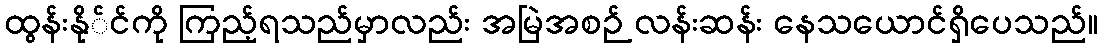
ထွန်းနို်င်ကို ကြည့်ရသည်မှာလည်း အမြဲအစဉ် လန်းဆန်း နေသယောင်ရှိပေသည်။